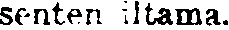
senten iltama.